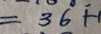
= 3 6 + 1